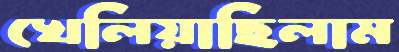
খেলিয়াছিলাম